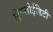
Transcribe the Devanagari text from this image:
ट्रिपलोईडिटी